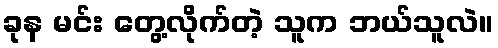
ခုန မင်း တွေ့လိုက်တဲ့ သူက ဘယ်သူလဲ။